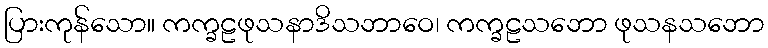
ပြားကုန်သော။ ကက္ခဠဖုသနာဒိသဘာဝေ၊ ကက္ခဠသဘော ဖုသနသဘော